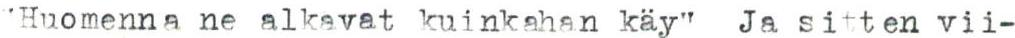
"Huomenna ne alkavat kuinkahan käy" Ja sitten vii-